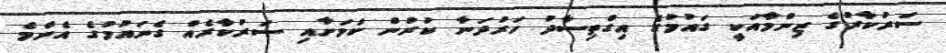
ސަރުކާރުގެ ޒިންމާއަކީ ގައުމުގެ އިގްތިސާދު ހަރުދަނާ ކުރުން ކަަމަށާއި ސަރުކާރެއް ގެނައުމުގެ އެންމެ